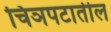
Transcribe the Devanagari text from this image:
चिञपटातील